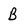
Character: B